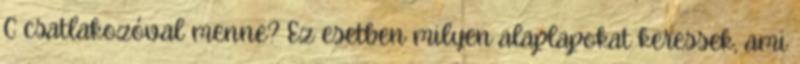
C csatlakozóval menne? Ez esetben milyen alaplapokat keressek, ami